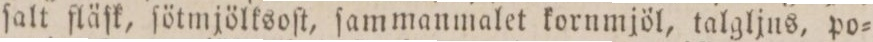
ſalt fläſk, ſötmjölksoſt, ſammanmalet kornmjöl, talgljus, po=